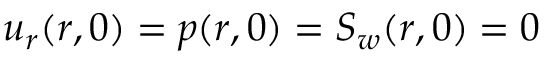
u _ { r } ( r , 0 ) = p ( r , 0 ) = S _ { w } ( r , 0 ) = 0